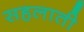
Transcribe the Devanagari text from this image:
सहलाती